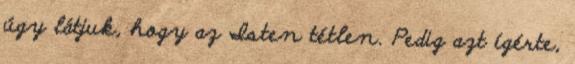
úgy látjuk, hogy az Isten tétlen. Pedig azt ígérte,